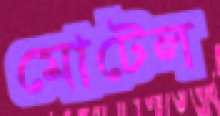
মোটেল